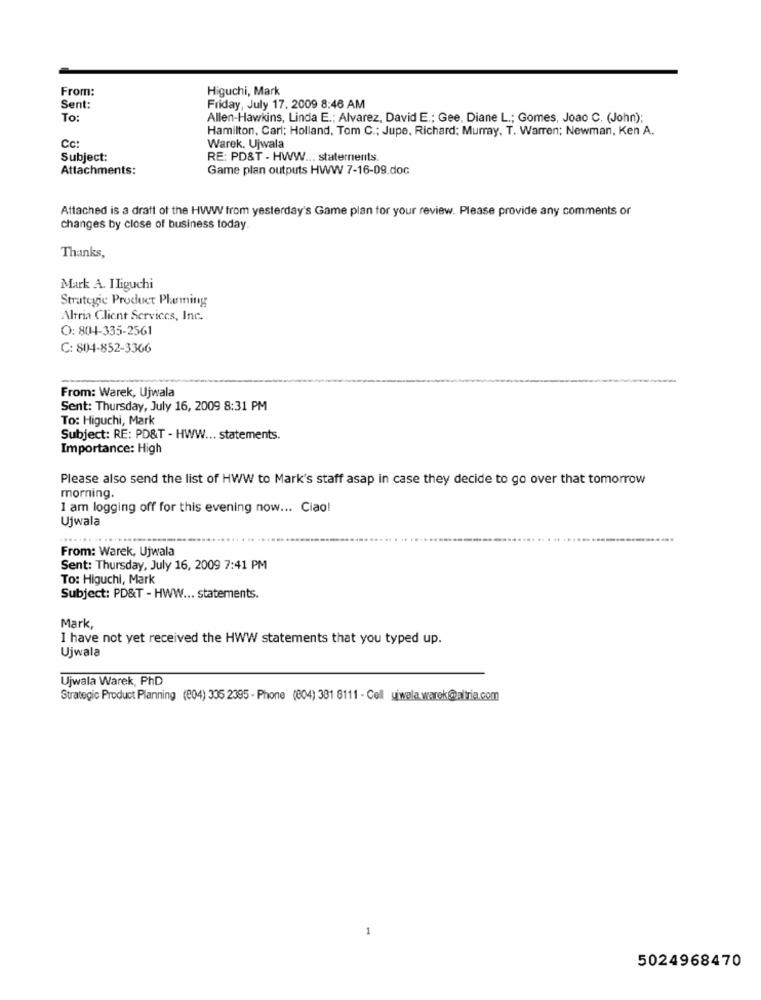
From:
Higuchi, Mark
Sent:
Friday, July 17. 2009 8:46 AM
To:
Allen-Hawkins, Linda E .; Alvarez, David E .; Gee, Diane L .; Gomes, Joao C. (John);
Hamilton, Carl; Holland, Tom C .; Jupe, Richard; Murray, T. Warren; Newman, Ken A.
Cc:
Warek. Ujwala
Subject:
RE: PD&T - HWW ... staternents.
Attachments:
Game plan outputs HWW 7-16-09.doc
Attached is a draft of the HWW from yesterday's Game plan for your review. Please provide any comments or
changes by close of business today.
Thanks,
Mark A. Iliguchi
Strategic Product Plarming
Altria Client Services, Inc.
O: 804-335-2561
C: 804-852-3366
From: Warek, Ujwala
Sent: Thursday, July 16, 2009 8:31 PM
To: Higuchi, Mark
Subject: RE: PD&T - HWW ... statements.
Importance: High
Please also send the list of HWW to Mark's staff asap in case they decide to go over that tomorrow
morning.
I am logging off for this evening now ... Ciao!
Ujwala
From: Warek, Ujwala
Sent: Thursday, July 16, 2009 7:41 PM
To: Higuchi, Mark
Subject: PD&T - HWW ... statements.
Mark,
I have not yet received the HWW statements that you typed up.
Ujwala
Ujwala Warek, PhD
Strategic Product Planning (204) 335 2395 - Phone (804) 381 8111 - Cell uiwala warek@altria.com
5024968470